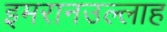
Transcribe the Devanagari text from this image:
इमरानउल्लाह